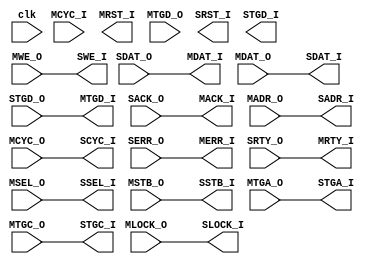
module dut(
input clk,
input	MCYC_I,
output [63:0]	MDAT_I,
input	 [63:0] MDAT_O,
output	MRST_I,
output	[15:0] MTGD_I,
input	[15:0] MTGD_O,
	
output	MACK_I,
input	[63:0] MADR_O,
input	MCYC_O,
output	MERR_I,
input	MLOCK_O,
output	MRTY_I,
input	[7:0] MSEL_O,
input	MSTB_O,
input	[15:0]MTGA_O,
	
input	 [15:0]MTGC_O,
input	MWE_O,


output	SCYC_I,
output [63:0]	SDAT_I,
input	 [63:0] SDAT_O,
output	SRST_I,
output	[15:0] STGD_I,
input	[15:0] STGD_O,
	

	
input	SACK_O,
output	[63:0] SADR_I,
input	SERR_O,
output	SLOCK_I,
input	SRTY_O,
output	[7:0] SSEL_I,
output	SSTB_I,
output [15:0]	STGA_I,
output [15:0]	STGC_I,
output	SWE_I );



assign	  MDAT_I = SDAT_O[63:0];
assign	 MTGD_I = STGD_O[15:0];
assign	SADR_I = MADR_O[ 63:0];
assign SDAT_I = MDAT_O[63:0];
assign	SCYC_I = MCYC_O;
assign	SLOCK_I = MLOCK_O;
assign	SSEL_I = MSEL_O[7:0];
assign	SSTB_I = MSTB_O;
assign	 STGA_I =  MTGA_O [15:0];
assign	 STGC_I = MTGC_O[15:0];
assign	SWE_I = MWE_O;
assign	MACK_I = SACK_O;
assign	MERR_I = SERR_O;
assign	MRTY_I = SRTY_O;


endmodule